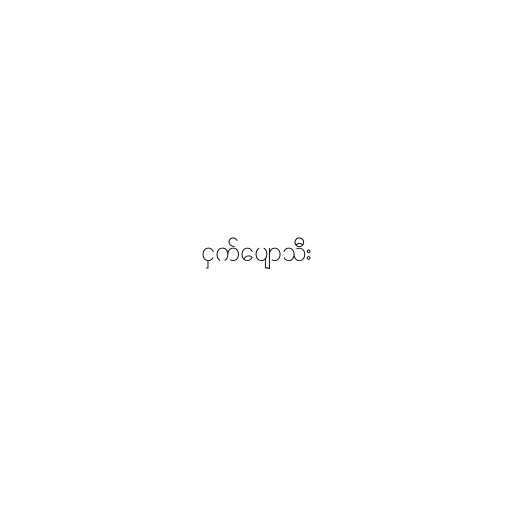
ငှက်ပျောသီး